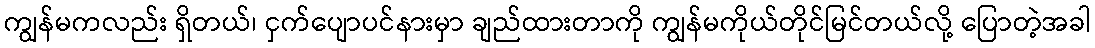
ကျွန်မကလည်း ရှိတယ်၊ ငှက်ပျောပင်နားမှာ ချည်ထားတာကို ကျွန်မကိုယ်တိုင်မြင်တယ်လို့ ပြောတဲ့အခါ